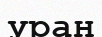
уран